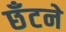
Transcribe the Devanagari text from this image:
छँटने